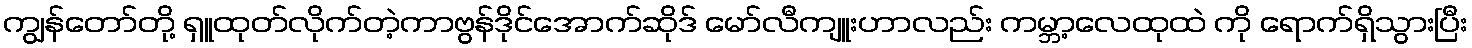
ကျွန်တော်တို့ ရှူထုတ်လိုက်တဲ့ကာဗွန်ဒိုင်အောက်ဆိုဒ် မော်လီကျူးဟာလည်း ကမ္ဘာ့လေထုထဲ ကို ရောက်ရှိသွားပြီး